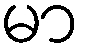
မာ